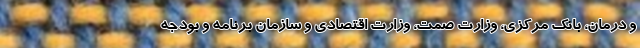
و درمان، بانک مرکزی، وزارت صمت، وزارت اقتصادی و سازمان برنامه و بودجه